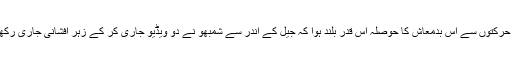
ان حرکتوں سے اس بدمعاش کا حوصلہ اس قدر بلند ہوا کہ جیل کے اندر سے شمبھو نے دو ویڈیو جاری کر کے زہر افشانی جاری رکھی۔